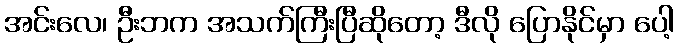
အင်းလေ၊ ဦးဘက အသက်ကြီးပြီဆိုတော့ ဒီလို ပြောနိုင်မှာ ပေါ့